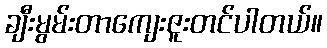
ချီးမွမ်းတာကျေးဇူးတင်ပါတယ်။